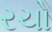
રચો